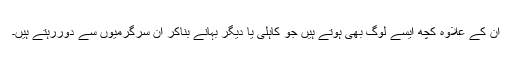
ان کے علاوہ کچھ ایسے لوگ بھی ہوتے ہیں جو کاہلی یا دیگر بہانے بناکر ان سرگرمیوں سے دوررہتے ہیں۔